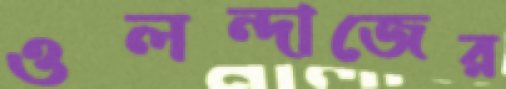
ওলন্দাজের